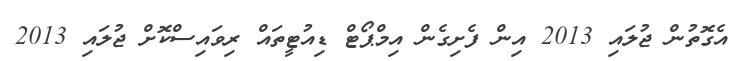
އެގޮތުން ޖުލައި 2013 އިން ފެށިގެން އިމްޕޯޓް ޑިއުޓީތައް ރިވައިސްކޮށް ޖުލައި 2013